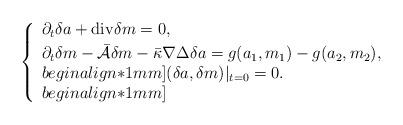
LaTeX: \begin{align*}\left\{\begin{array}{l}\partial_{t}\delta a+\mathrm{div}\delta m=0,\\ [1mm] \partial_{t}\delta m-\bar{\mathcal{A}}\delta m-\bar{\kappa}\nabla\Delta \delta a= g(a_{1},m_{1})-g(a_{2},m_{2}),\\begin{align*}1mm](\delta a,\delta m)|_{t=0}=0.\\begin{align*}1mm] \end{array} \right.\end{align*}